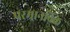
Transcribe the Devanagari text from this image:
परमानविक